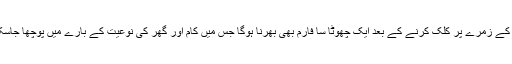
کاموں کے زمرے پر کلک کرنے کے بعد ایک چھوٹا سا فارم بھی بھرنا ہوگا جس میں کام اور گھر کی نوعیت کے بارے میں پوچھا جاسکتا ہے۔